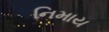
નિમાય